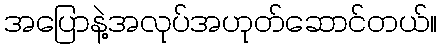
အပြောနဲ့အလုပ်အဟုတ်ဆောင်တယ်။